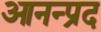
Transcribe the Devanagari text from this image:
आनन्प्रद